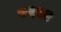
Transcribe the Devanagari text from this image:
८९९१